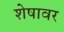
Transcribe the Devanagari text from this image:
शेषावर